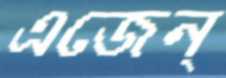
এজেন্